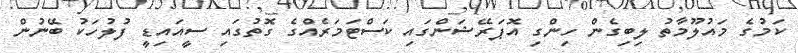
ކަމުގެ މައުލޫމާތު ލިބިގެން ހިންގި އޮޕަރޭޝަންގައި ކަސްޓަމަރެއްގެ ގޮތުގައި ސީއައިޑީ ފުލުހަކު ބޭނުން